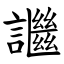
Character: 䜝